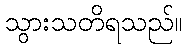
သွားသတိရသည်။